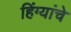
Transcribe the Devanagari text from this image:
हिंग्यांचे